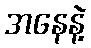
အနေနဲ့